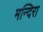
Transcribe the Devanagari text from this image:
मन्दिरा